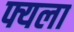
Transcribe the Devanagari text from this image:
फ्यला